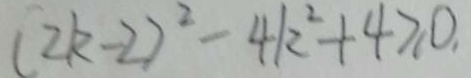
( 2 k - 2 ) ^ { 2 } - 4 k ^ { 2 } + 4 \geq 0 .